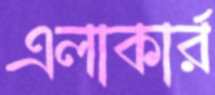
এলাকার্র